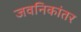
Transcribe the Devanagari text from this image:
जवनिकांतर